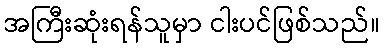
အကြီးဆုံးရန်သူမှာ ငါးပင်ဖြစ်သည်။